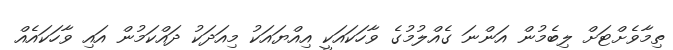
ތިމާވެށްޓަށް ލިބެމުން އަންނަ ގެއްލުމުގެ ވާހަކައަކީ އިއްޔައަކު މިއަދަކު ދައްކަމުން އައި ވާހަކައެއް